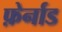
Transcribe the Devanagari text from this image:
फ़ेर्नाड